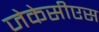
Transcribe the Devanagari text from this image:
जेकेसीएस